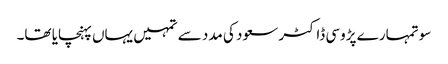
سو تمہارے پڑوسی ڈاکٹر سعود کی مدد سے تمہیں یہاں پہنچایا تھا۔